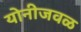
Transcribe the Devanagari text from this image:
योनीजवळ